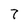
Character: 7